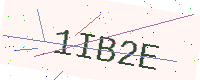
Text: 1IB2E